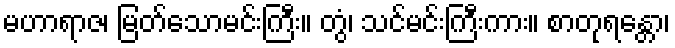
မဟာရာဇ၊ မြတ်သောမင်းကြီး။ တွံ၊ သင်မင်းကြီးကား။ စာတုရန္တော၊